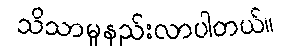
သိသာမှုနည်းလာပါတယ်။